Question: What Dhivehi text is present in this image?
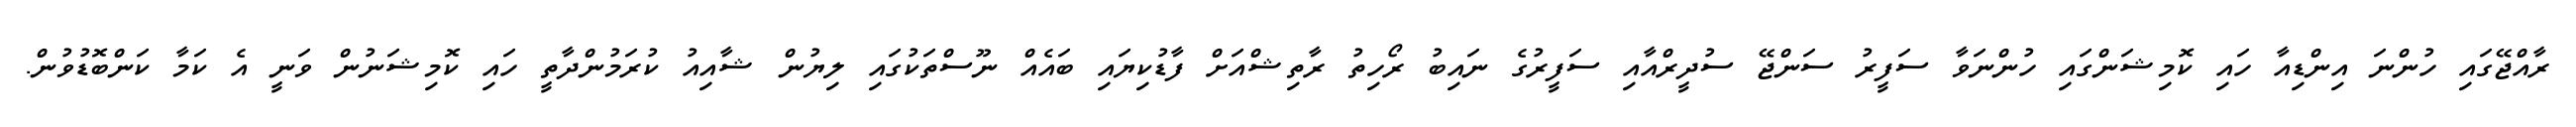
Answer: ރާއްޖޭގައި ހުންނަ އިންޑިއާ ހައި ކޮމިޝަންގައި ހުންނަވާ ސަފީރު ސަންޖޭ ސުދީރްއާއި ސަފީރުގެ ނައިބު ރޯހިތު ރާތިޝްއަށް ފާޑުކިޔައި ބައެއް ނޫސްތަކުގައި ލިޔުން ޝާއިއު ކުރަމުންދާތީ ހައި ކޮމިޝަނުން ވަނީ އެ ކަމާ ކަންބޮޑުވުން.